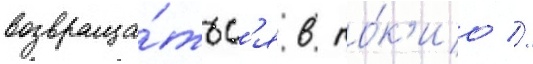
возвраща́тьс'я в то́к'ио //